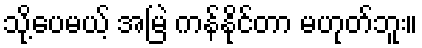
သို့ပေမယ့် အမြဲ ကန်နိုင်တာ မဟုတ်ဘူး။